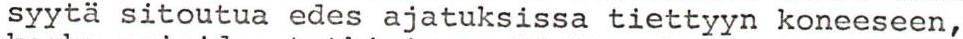
syytä sitoutua edes ajatuksissa tiettyyn koneeseen,